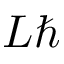
L \hbar